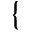
\{